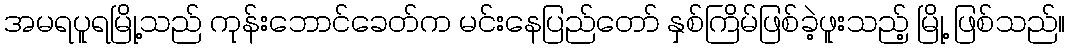
အမရပူရမြို့သည် ကုန်းဘောင်ခေတ်က မင်းနေပြည်တော် နှစ်ကြိမ်ဖြစ်ခဲ့ဖူးသည့် မြို့ ဖြစ်သည်။